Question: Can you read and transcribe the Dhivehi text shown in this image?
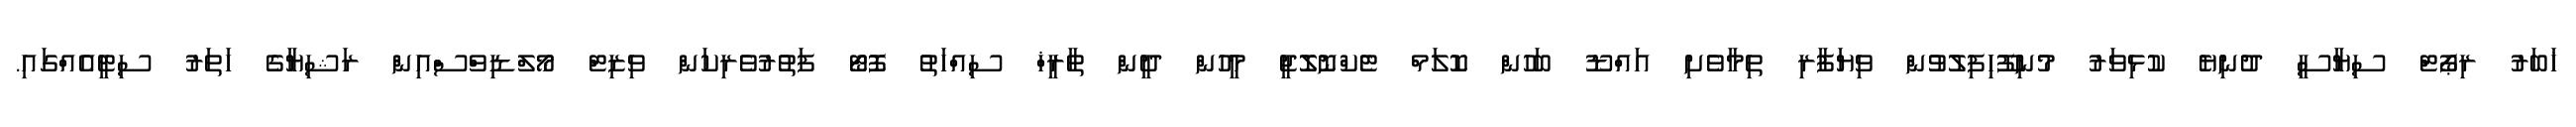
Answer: ޚަބަރު ރިޕޯޓް ސިޔާސީ ދުނިޔެ ކުޅިވަރު މުނިފޫހިފިލުވުން ވިޔަފާރި ތިމާވެށި އައްޑޫ ބަހުން ކޮލަމް ޓެކްނޮލޮޖީ މީހުން ދީން ތާރީޚް ސިއްހަތު ފޮޓޯ ފަތުރުވެރިކަން ވިޒިޓް މޯލްޑިވްސްއިން ރަޝިޔާގެ ހަތަރު ސިޓީއެއްގައި.